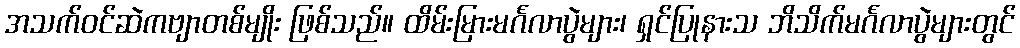
အသက်ဝင်ဆဲကဗျာတစ်မျိုး ဖြစ်သည်။ ထိမ်းမြားမင်္ဂလာပွဲများ၊ ရှင်ပြုနားသ ဘိသိက်မင်္ဂလာပွဲများတွင်